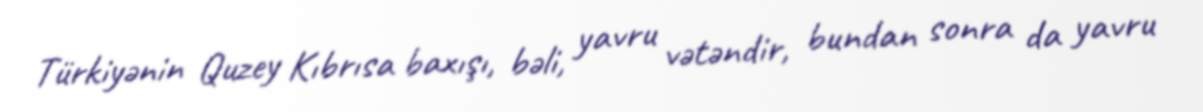
Türkiyənin Quzey Kıbrısa baxışı, bəli, yavru vətəndir, bundan sonra da yavru